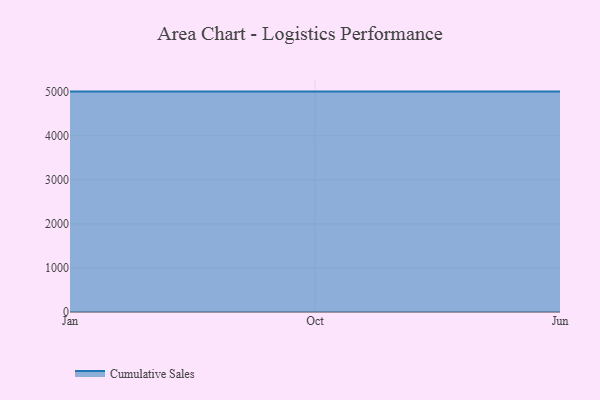
{"axis": {"x": "Month", "y": "Revenue (USD Million)"}, "legend": ["Cumulative Sales"], "data": [{"x": "Jan", "y": 5000, "type": "Cumulative Sales"}, {"x": "Oct", "y": 5000, "type": "Cumulative Sales"}, {"x": "Jun", "y": 5000, "type": "Cumulative Sales"}]}